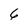
Character: 6